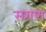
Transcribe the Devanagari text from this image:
सगण